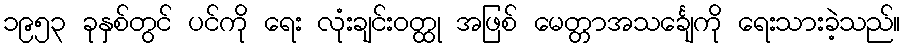
၁၉၅၃ ခုနှစ်တွင် ပင်ကို ရေး လုံးချင်းဝတ္ထု အဖြစ် မေတ္တာအသင်္ချေကို ရေးသားခဲ့သည်။